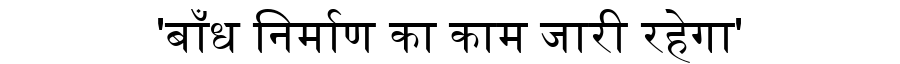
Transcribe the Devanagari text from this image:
'बाँध निर्माण का काम जारी रहेगा'